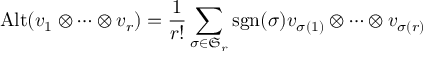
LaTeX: \operatorname { A l t } ( v _ { 1 } \otimes \cdots \otimes v _ { r } ) = { \frac { 1 } { r ! } } \sum _ { \sigma \in { \mathfrak { S } } _ { r } } \operatorname { s g n } ( \sigma ) v _ { \sigma ( 1 ) } \otimes \cdots \otimes v _ { \sigma ( r ) }